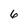
Character: 6